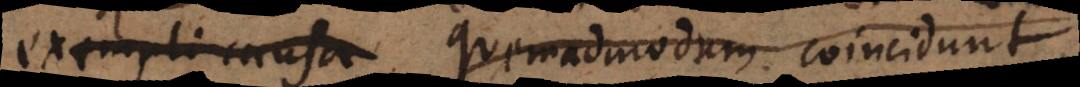
exempli causa quemadmodum coincidunt